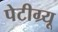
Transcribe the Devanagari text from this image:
पेटीग्र्यू